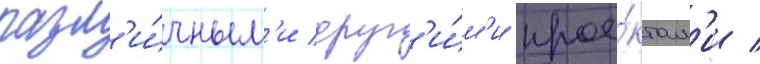
разл'и́чным'и друг'и́м'и прое́ктам'и /